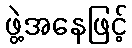
ဖွဲ့အနေဖြင့်